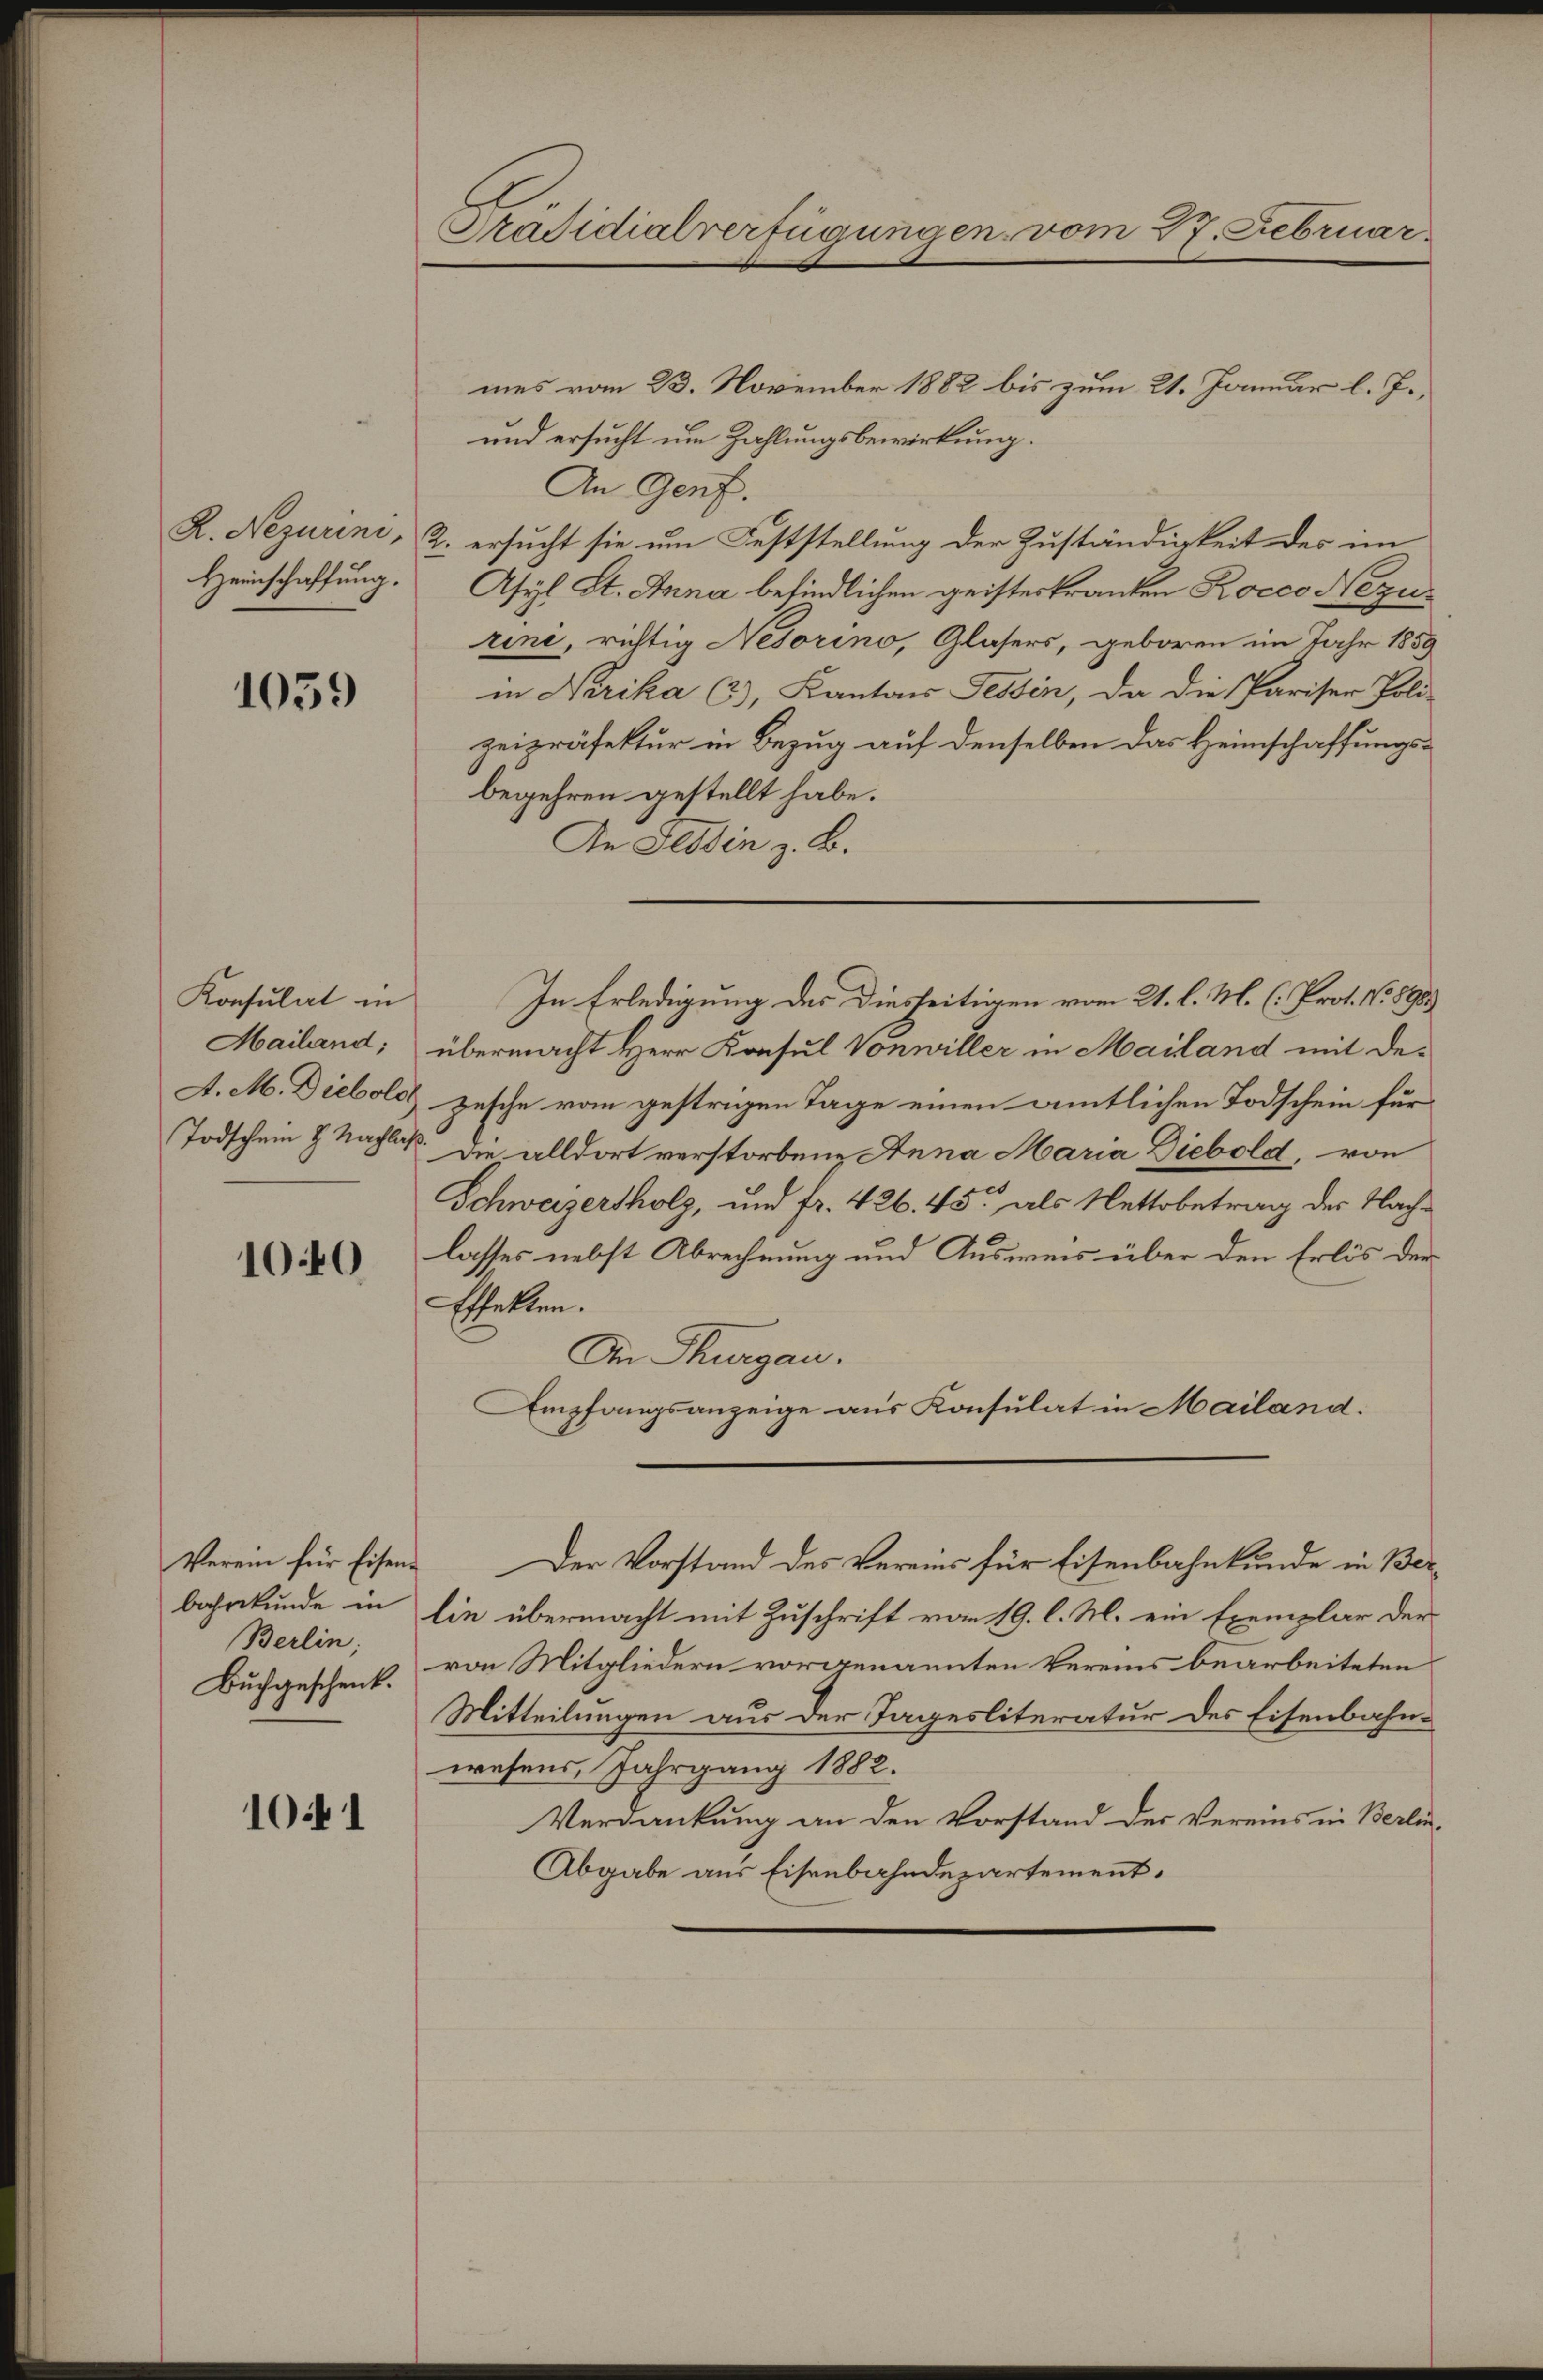
Heinschaffung.

1059

Konsulat in
Mailand;
A. M. Diebold
Todschein H. Nachlaß

100

Verein für Eisen-
bahrkunde in
Berlin,
Buchgeschenk.

1041

Präsidialverfügungen vom 17. Februar.

mes vom 23. November 1882 bis zum 21. Januar l. J.,
und ersucht um Zahlungsbewirkung.
An Genf.
R. Nezurini, 2. ersucht sie um Feststellung der Zuständigkeit des im
Asyl St. Anna befindlichen geisteskranken Rocco Nezurini, richtig Nesorino, Glasers, geboren im Jahr 1859
in Nerika (63), Kantons Tessin, da die Pariser Poli-
zeipräfektur in Bezug auf denselben das Heimschaffungsbegehren gestellt habe.
In Tessin z. B.
übermacht Herr Konsul Vonwiller in Mailand mit de-
pesche vom gestrigen Tage einen amtlichen Todschein für
Die alldort verstorbene Anna Maria Diebold, von
Schweizersholz, und fr. 426. 45 als Nettobetrag des Nachlasses nebst Abrechnung und Ausweis über den Erlös der
Effekten.
Die Thurgau.
Empfangsanzeige aus Konsulat in Mailand.
Der Vorstand des Vereins für Eisenbahnkunde in Berlie übermacht mit Zuschrift vom 19. l. M. ein Exemplar der
von Mitgliedern vorgenannten Vereins bearbeiteten
Mitteilungen aus der Tagesliteratur des Eisenbahnwesens, Jahrgang 1882.
Verdankung an den Vorstand der Vereins in Berlin-
Abgabe aus Eisenbahndepartement.

In Erledigung des Diesseitigen vom 21. l. M. (: Prot. No 8983